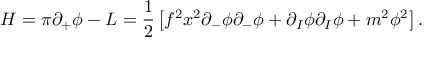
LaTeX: { \cal { H } } = \pi \partial _ { + } \phi - { \cal { L } } = { \frac { 1 } { 2 } } \left[ f ^ { 2 } x ^ { 2 } \partial _ { - } \phi \partial _ { - } \phi + \partial _ { I } \phi \partial _ { I } \phi + m ^ { 2 } \phi ^ { 2 } \right] .